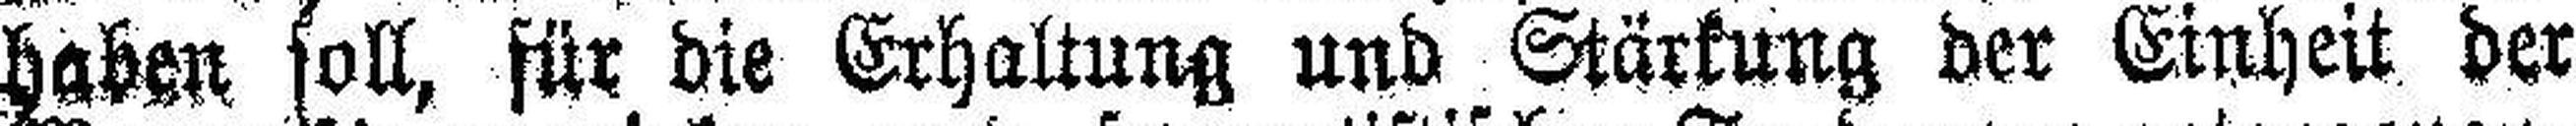
haben soll, für die Erhaltung und Stärkung der Einheit der